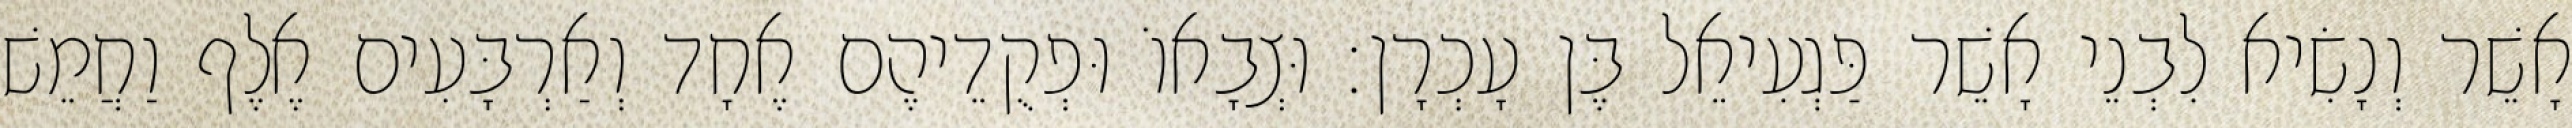
אָשֵׁר וְנָשִׂיא לִבְנֵי אָשֵׁר פַּגְעִיאֵל בֶּן עָכְרָן׃ וּצְבָאוֹ וּפְקֻדֵיהֶם אֶחָד וְאַרְבָּעִים אֶלֶף וַחֲמֵשׁ